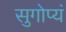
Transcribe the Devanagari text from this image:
सुगोप्यं